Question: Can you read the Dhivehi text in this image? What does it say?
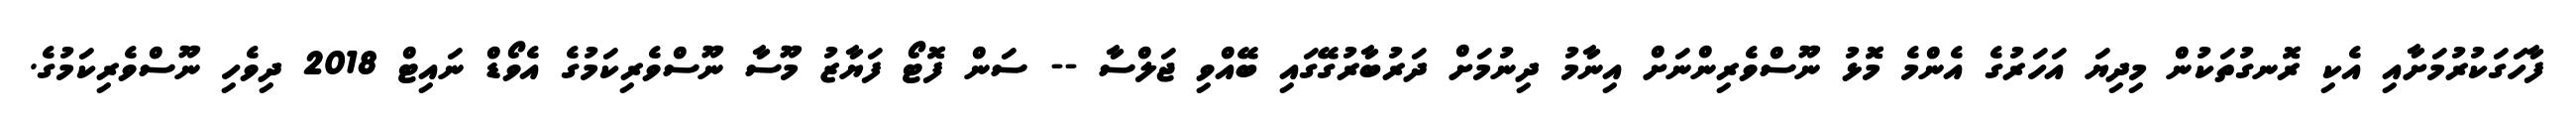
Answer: ފާހަގަކުރުމަށާއި އެކި ރޮނގުތަކުން މިދިޔަ އަހަރުގެ އެންމެ މޮޅު ނޫސްވެރިންނަށް އިނާމު ދިނުމަށް ދަރުބާރުގޭގައި ބޭއްވި ޖަލްސާ -- ސަން ފޮޓޯ ފަޔާޒު މޫސާ ނޫސްވެރިކަމުގެ އެވޯޑް ނައިޓް 2018 ދިވެހި ނޫސްވެރިކަމުގެ.